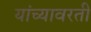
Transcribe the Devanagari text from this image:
यांच्यावरती